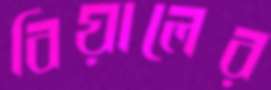
বিয়ালের